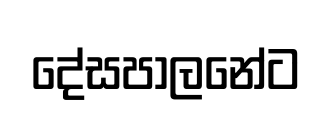
දේසපාලනේට